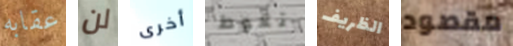
عقابه لن أخرى تغوط الظريف مقصود